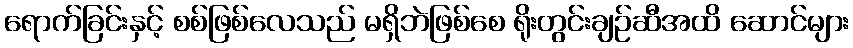
ရောက်ခြင်းနှင့် စစ်ဖြစ်လေသည် မရှိဘဲဖြစ်စေ ရိုးတွင်းချဉ်ဆီအထိ ဆောင်များ